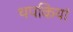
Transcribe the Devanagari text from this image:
थपकियां